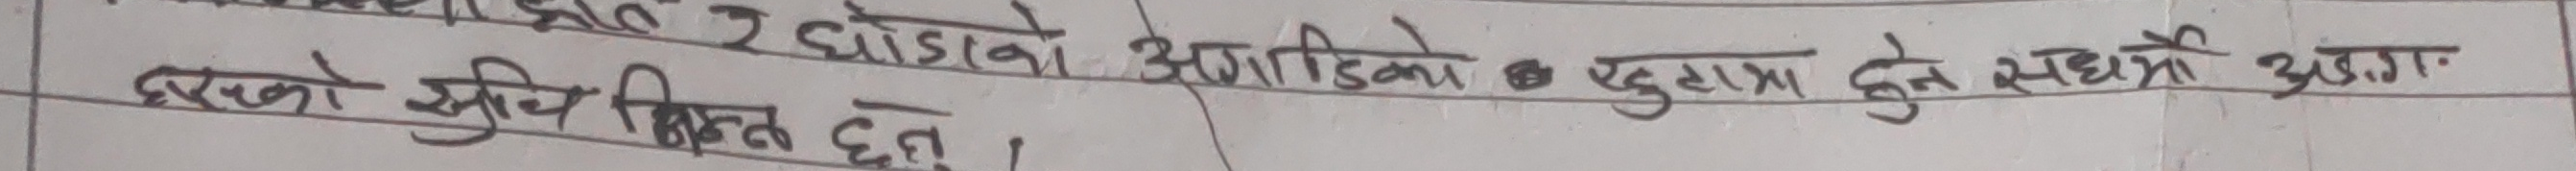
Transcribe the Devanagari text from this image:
दखको स्तर भिन्न हुन्छ ।